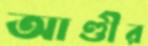
আণ্ডীর